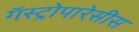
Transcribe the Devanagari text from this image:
गॅस्ट्रोपारेसीस